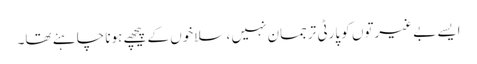
ایسے بے غیرتوں کو پارٹی ترجمان نہیں ، سلاخوں کے پیچھے ہونا چاہئے تھا۔